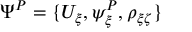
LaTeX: \Psi ^ { P } = \{ U _ { \xi } , \psi _ { \xi } ^ { P } , \rho _ { \xi \zeta } \}